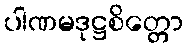
ပါဏမဒုဋ္ဌစိတ္တော